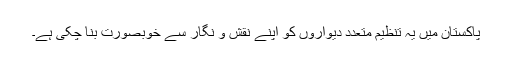
پاکستان میں یہ تنظیم متعدد دیواروں کو اپنے نقش و نگار سے خوبصورت بنا چکی ہے۔